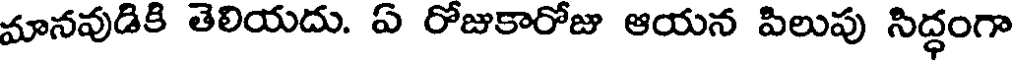
మానవుడికి తెలియదు. ఏ రోజుకారోజు ఆయన పిలుపు సిద్ధంగా